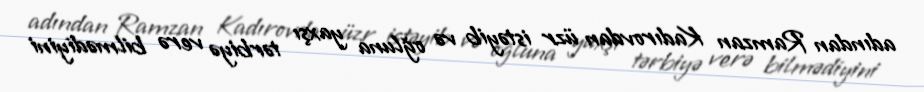
adından Ramzan Kadırovdan üzr istəyib və oğluna yaxşı tərbiyə verə bilmədiyini